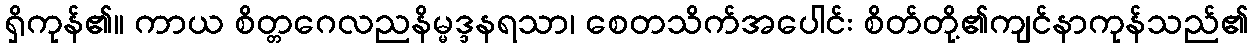
ရှိကုန်၏။ ကာယ စိတ္တဂေလညနိမ္မဒ္ဒနရသာ၊ စေတသိက်အပေါင်း စိတ်တို့၏ကျင်နာကုန်သည်၏